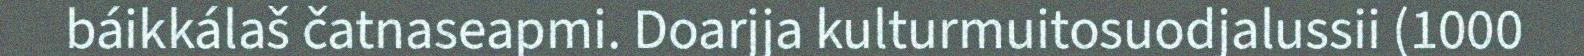
báikkálaš čatnaseapmi. Doarjja kulturmuitosuodjalussii (1000